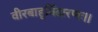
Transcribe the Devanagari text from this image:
वीरबाहुर्विदारणः।।